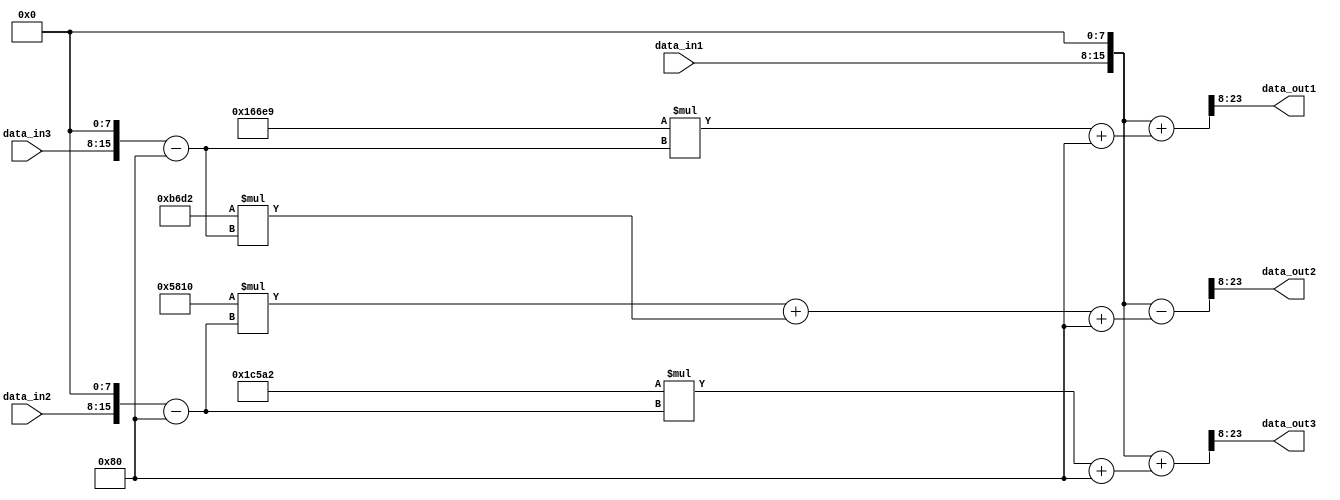
// ///////////////////////////////////////////////////////////////////////////
module yuv_to_rgb
    #(parameter DATA_WIDTH=8,
      parameter FRAC_WIDTH=8)
(
   input [DATA_WIDTH-1:0] data_in1,
   input [DATA_WIDTH-1:0] data_in2,
   input [DATA_WIDTH-1:0] data_in3,

   output signed [DATA_WIDTH+FRAC_WIDTH-1:0] data_out1,
   output signed [DATA_WIDTH+FRAC_WIDTH-1:0] data_out2,
   output signed [DATA_WIDTH+FRAC_WIDTH-1:0] data_out3

);

   wire signed [DATA_WIDTH+FRAC_WIDTH-1:0] Yint_fp, Uint_fp, Vint_fp;
   wire signed [DATA_WIDTH+FRAC_WIDTH-1:0] Cb_temp, Cr_temp;

//YUV to RGB Adjustments and calculations
// Adjust widths of components based on frac bits and input width
   assign Yint_fp = $signed({data_in1, {FRAC_WIDTH{1'b0}}});
   assign Uint_fp = $signed({data_in2, {FRAC_WIDTH{1'b0}}});
   assign Vint_fp = $signed({data_in3, {FRAC_WIDTH{1'b0}}});

   assign  Cb_temp = Uint_fp - (1 << (DATA_WIDTH-1));
   assign  Cr_temp = Vint_fp - (1 << (DATA_WIDTH-1));

   assign data_out1 = (Yint_fp + (91881 * Cr_temp + (1 << (FRAC_WIDTH - 1))) >>> FRAC_WIDTH);
   assign data_out2 = (Yint_fp - (22544 * Cb_temp + 46802 * Cr_temp + (1 << (FRAC_WIDTH - 1))) >>> FRAC_WIDTH);
   assign data_out3 = (Yint_fp + (116130 * Cb_temp + (1 << (FRAC_WIDTH - 1))) >>> FRAC_WIDTH);
  
endmodule